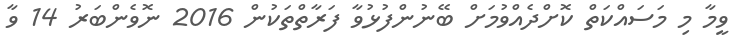
ވީމާ މި މަސައްކަތް ކޮށްދެއްވުމަށް ބޭނުންފުޅުވާ ފަރާތްތަކުން 2016 ނޮވެންބަރު 14 ވާ